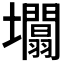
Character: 𡓲